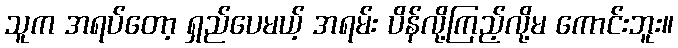
သူက အရပ်တော့ ရှည်ပေမယ့် အရမ်း ပိန်လို့ကြည့်လို့မ ကောင်းဘူး။